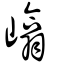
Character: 嶖